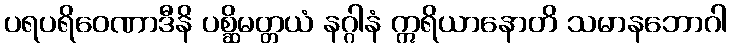
ပရပရိဝေဏာဒီနိ ပစ္ဆိမတ္တယံ နဂ္ဂါနံ ဣရိယာနောတိ သမာနဘောဂါ